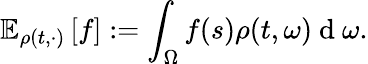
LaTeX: \mathbb{E}_{\rho(t,\cdot)}\left[f\right]:=\int_{\Omega}f(s)\rho(t,\omega)\mathrm{~d~}\omega.